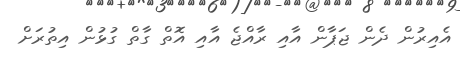
އެއިރުން ދެން ޖަޕާން އާއި ރާއްޖެ އާއި އޮތް ގާތް ގުޅުން އިތުރަށް